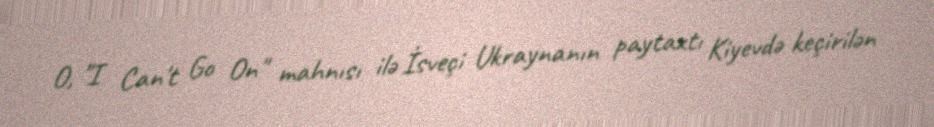
O, "I Can't Go On" mahnısı ilə İsveçi Ukraynanın paytaxtı Kiyevdə keçirilən